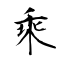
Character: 乘